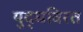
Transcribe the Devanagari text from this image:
युद्धविरत